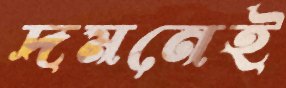
দমনেই